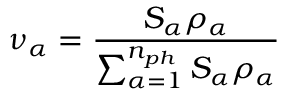
\nu _ { \alpha } = \frac { S _ { \alpha } \rho _ { \alpha } } { \sum _ { \alpha = 1 } ^ { n _ { p h } } { S _ { \alpha } \rho _ { \alpha } } }